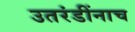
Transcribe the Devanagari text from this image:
उतरंडींनाच